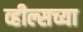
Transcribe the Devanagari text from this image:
व्हील्सच्या